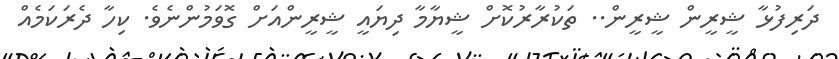
ދަރިފުޅާ ޝީރީން ޝީރީން.. ތަކުރާރުކޮށް ޝީޔާމާ ދިޔައީ ޝީރީންއަށް ގޮވަމުންނެވެ. ކިހާ ދެރަކަމެއް